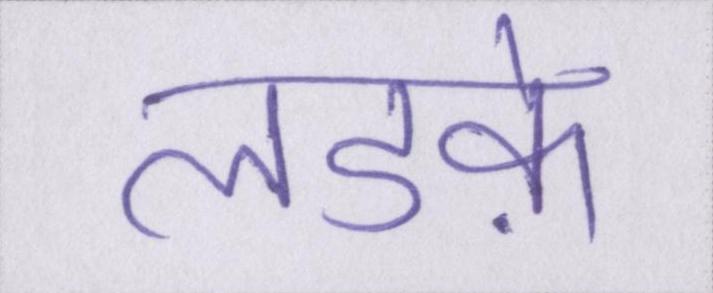
लडक़े